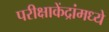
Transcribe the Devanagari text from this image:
परीक्षाकेंद्रांमध्ये